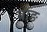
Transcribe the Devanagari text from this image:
बाङ